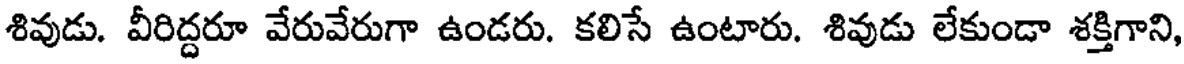
శివుడు. వీరిద్దరూ వేరువేరుగా ఉండరు. కలిసే ఉంటారు. శివుడు లేకుండా శక్తిగాని,